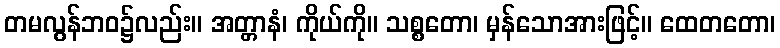
တမလွန်ဘဝ၌လည်း။ အတ္တာနံ၊ ကိုယ်ကို။ သစ္စတော၊ မှန်သောအားဖြင့်။ ထေတတော၊